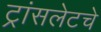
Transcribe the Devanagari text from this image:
ट्रांसलेटचे